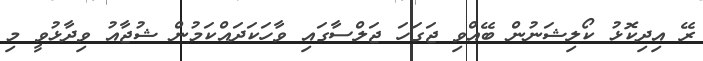
ރޭ އިދިކޮޅު ކޯލިޝަނުން ބޭއްވި ޖަގަހަ ޖަލްސާގައި ވާހަކަދައްކަމުން ޝުޖާއު ވިދާޅުވީ މި